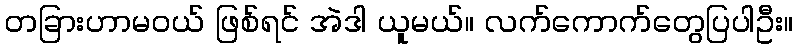
တခြားဟာမဝယ် ဖြစ်ရင် အဲဒါ ယူမယ်။ လက်ကောက်တွေပြပါဦး။